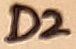
Text: D2